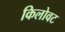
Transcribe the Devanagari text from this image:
किलोवट